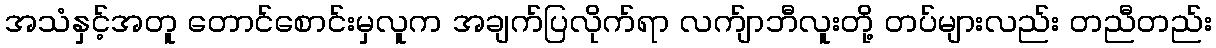
အသံနှင့်အတူ တောင်စောင်းမှလူက အချက်ပြလိုက်ရာ လက်ျာဘီလူးတို့ တပ်များလည်း တညီတည်း